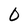
Character: O